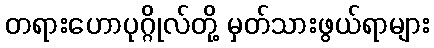
တရားဟောပုဂ္ဂိုလ်တို့ မှတ်သားဖွယ်ရာများ